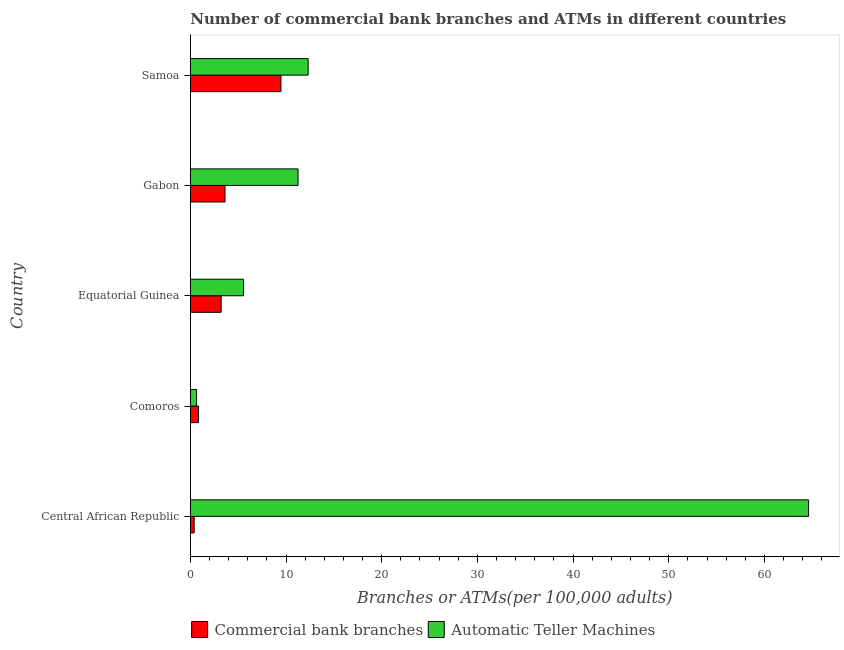
| Country | Commercial bank branches | Automatic Teller Machines |
 | --- | --- | --- |
 | Central African Republic | 0.404 | 64.6 |
 | Comoros | 0.86 | 0.656 |
 | Equatorial Guinea | 3.22 | 5.57 |
 | Gabon | 3.62 | 11.3 |
 | Samoa | 9.47 | 12.3 |